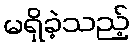
မရှိခဲ့သည့်